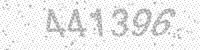
Solution: 441396